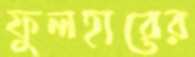
ফুলহারের